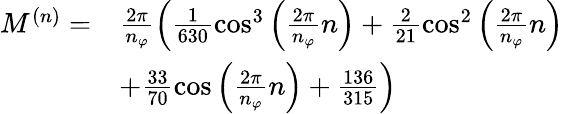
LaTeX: \begin{array}{rl}{M^{(n)}=}&{\frac{2\pi}{n_{\varphi}}\left(\frac{1}{630}\cos^{3}\left(\frac{2\pi}{n_{\varphi}}n\right)+\frac{2}{21}\cos^{2}\left(\frac{2\pi}{n_{\varphi}}n\right)\right.}\\ &{\left.+\frac{33}{70}\cos\left(\frac{2\pi}{n_{\varphi}}n\right)+\frac{136}{315}\right)}\end{array}